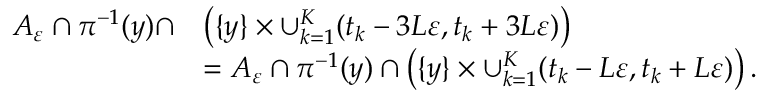
\begin{array} { r l } { A _ { \varepsilon } \cap \pi ^ { - 1 } ( y ) \cap } & { \left( \{ y \} \times \cup _ { k = 1 } ^ { K } ( t _ { k } - 3 L \varepsilon , t _ { k } + 3 L \varepsilon ) \right) } \\ & { = A _ { \varepsilon } \cap \pi ^ { - 1 } ( y ) \cap \left( \{ y \} \times \cup _ { k = 1 } ^ { K } ( t _ { k } - L \varepsilon , t _ { k } + L \varepsilon ) \right) . } \end{array}